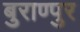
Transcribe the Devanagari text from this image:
बुराण्पुर